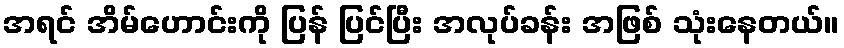
အရင် အိမ်ဟောင်းကို ပြန် ပြင်ပြီး အလုပ်ခန်း အဖြစ် သုံးနေတယ်။